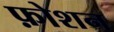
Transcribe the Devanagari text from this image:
फ़ोशन